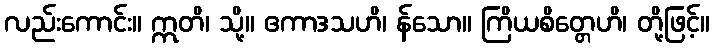
လည်းကောင်း။ ဣတိ၊ သို့။ ဧကာဒသဟိ၊ န်သော။ ကြိယစိတ္တေဟိ၊ တို့ဖြင့်။